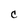
Character: c